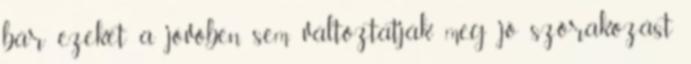
bár ezeket a jövőben sem változtatják meg jó szórakozást